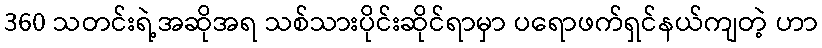
360 သတင်းရဲ့အဆိုအရ သစ်သားပိုင်းဆိုင်ရာမှာ ပရောဖက်ရှင်နယ်ကျတဲ့ ဟာ